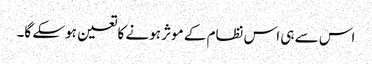
اس سے ہی اس نظام کے موثر ہونے کا تعین ہوسکے گا۔